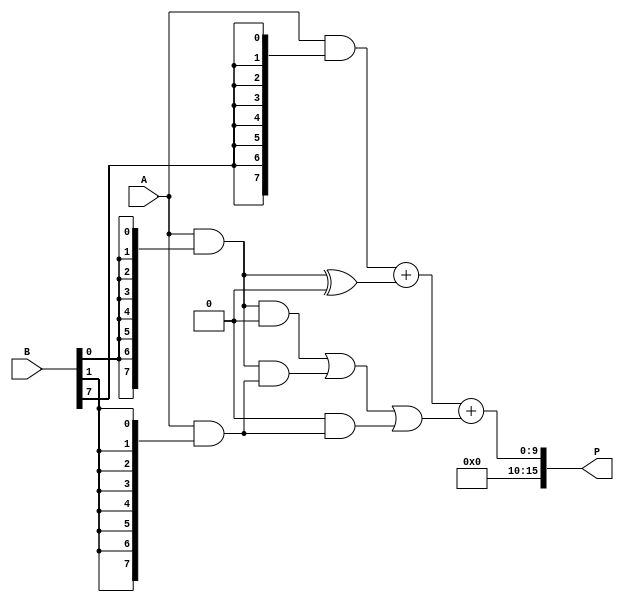
module wallace_tree_multiplier #(parameter N = 8) (
    input [N-1:0] A, // Operand A
    input [N-1:0] B, // Operand B
    output [2*N-1:0] P // Product output
);

// Generate partial products
wire [N-1:0] pp[N-1:0]; // Partial products
genvar i;
generate
    for (i = 0; i < N; i = i + 1) begin : pp_gen
        assign pp[i] = A & {N{B[i]}}; // ANDing A with each bit of B
    end
endgenerate

// Wallace tree reduction stages
wire [N-1:0] sum[2*N-1:0]; // Sums at each stage
wire [N-1:0] carry[2*N-1:0]; // Carries at each stage

// First stage: Create initial sum and carry
generate
    for (i = 0; i < N; i = i + 1) begin : stage1
        assign sum[i] = pp[i];
        assign carry[i] = {1'b0}; // No carry in the first stage
    end
endgenerate

// Wallace tree reduction logic
generate
    for (i = 0; i < N; i = i + 1) begin : reduction
        wire [N-1:0] temp_sum;
        wire [N-1:0] temp_carry;

        // Full adder logic for combining three inputs
        if (i < N/2) begin
            // Combine three inputs (two sums and one carry)
            assign temp_sum = sum[i] ^ carry[i]; // Sum part
            assign temp_carry = (sum[i] & carry[i]) | (sum[i] & pp[i+1]) | (carry[i] & pp[i+1]); // Carry part

            assign sum[N+i] = temp_sum;
            assign carry[N+i] = temp_carry;
        end
    end
endgenerate

// Final addition stage
wire [2*N-1:0] final_sum;
wire [2*N-1:0] final_carry;

// Final addition using a simple adder
assign {final_carry, final_sum} = {1'b0, sum[N-1]} + {1'b0, sum[N]} + {1'b0, carry[N]};

// Output product
assign P = final_sum;

endmodule